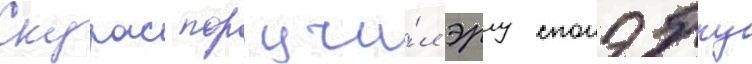
Скурас поручи́л эрлу спонэблу